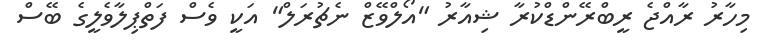
މިހާރު ރާއްޖެ ރީބްރޭންޑްކުރާ ޝިއާރު "އޯލްވޭޒް ނެޗުރަލް" އަކީ ވެސް ފަތްޕިލާވެލީގެ ބޭސް